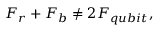
F _ { r } + F _ { b } \neq 2 F _ { q u b i t } ,